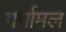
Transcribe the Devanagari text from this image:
गर्गामल